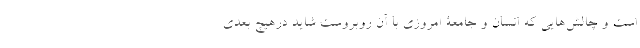
است و چالش­هایی که انسان و جامعۀ امروزی با آن روبروست شاید درهیچ بعدی